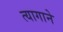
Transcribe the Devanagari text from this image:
त्यागाने